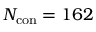
N _ { \mathrm { c o n } } = 1 6 2